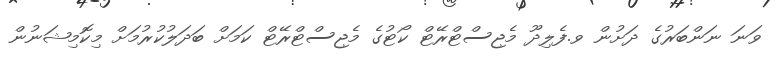
ވަނަ ނަންބަރުގެ ދަށުން ވ.ފެލިދޫ މެޖިސްޓްރޭޓް ކޯޓުގެ މެޖިސްޓްރޭޓް ކަމަށް ބަދަލުކުރުމަށް މިކޮމިޝަނުން